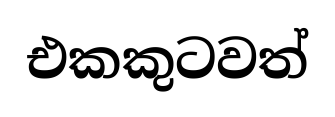
එකකුටවත්